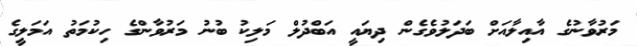
މަރުވާނުގެ އާއިލާއަށް ބަދަލުވެގެން ދިޔައީ އަބްދުލް މަލިކު ބުނު މަރުވާންގެ ހިކުމަތު އަމަލީގެ